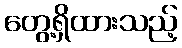
တွေ့ရှိထားသည့်